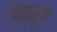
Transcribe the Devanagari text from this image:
गणावर्त